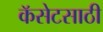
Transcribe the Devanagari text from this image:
कॅसेटसाठी